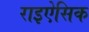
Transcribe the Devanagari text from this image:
राइऐसिक